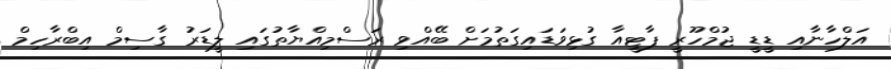
އަލްހާނާއި ޑީޑީ ޖުމްހޫރީ ޕާޓީއާ ގުޅިވަޑައިގަތުމަށް ބޭއްވި ރަސްމިއްޔާތުގައި ލީޑަރު ގާސިމް އިބްރާހިމް